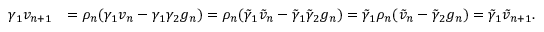
\begin{array} { r l } { \gamma _ { 1 } v _ { n + 1 } } & { = \rho _ { n } ( \gamma _ { 1 } v _ { n } - \gamma _ { 1 } \gamma _ { 2 } g _ { n } ) = \rho _ { n } ( \tilde { \gamma } _ { 1 } \tilde { v } _ { n } - \tilde { \gamma } _ { 1 } \tilde { \gamma } _ { 2 } g _ { n } ) = \tilde { \gamma } _ { 1 } \rho _ { n } ( \tilde { v } _ { n } - \tilde { \gamma } _ { 2 } g _ { n } ) = \tilde { \gamma } _ { 1 } \tilde { v } _ { n + 1 } . } \end{array}